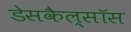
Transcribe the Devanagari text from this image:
डेसकैल्सॉस